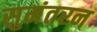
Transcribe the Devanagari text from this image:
सुमंतरन